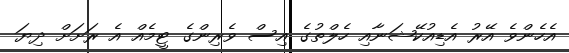
އެހެންވެ އޭރު އެޑިއުކޭޝަނާއި ހެލްތުގެ އިސް ވެރިންގެ ޓީމެއް އެ ރަށަށް ދިޔަ